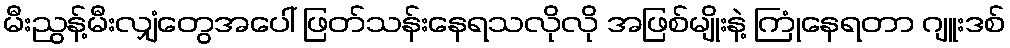
မီးညွန့်မီးလျှံတွေအပေါ် ဖြတ်သန်းနေရသလိုလို အဖြစ်မျိုးနဲ့ ကြုံနေရတာ ဂျူးဒစ်